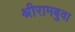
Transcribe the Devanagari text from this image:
श्रीरामबुवा